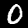
Digit: 0